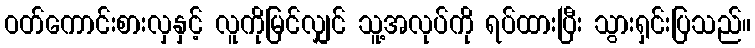
ဝတ်ကောင်းစားလှနှင့် လူကိုမြင်လျှင် သူ့အလုပ်ကို ရပ်ထားပြီး သွားရှင်းပြသည်။